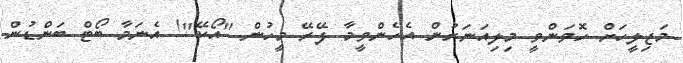
މަޖިލީހަށް ހޮވަންވީ މިލިއަނަރުން އެހެންވީމާ ފޭރޭ މީހުން "އޯކޭ"! އެނަމާ ބޯޓް ބަންޑުން